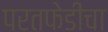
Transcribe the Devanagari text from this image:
परतफेडीचा